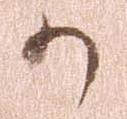
か